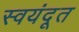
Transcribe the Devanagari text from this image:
स्वयंदूत